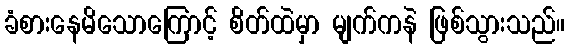
ခံစားနေမိသောကြောင့် စိတ်ထဲမှာ မျက်ကနဲ ဖြစ်သွားသည်။